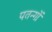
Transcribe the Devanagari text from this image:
पतन्‍गों